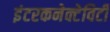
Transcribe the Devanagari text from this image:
इंटरकनेक्टेविटी